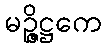
မဉ္ဇိဋ္ဌကေ